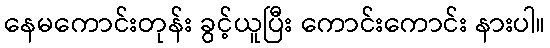
နေမကောင်းတုန်း ခွင့်ယူပြီး ကောင်းကောင်း နားပါ။